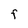
Character: F